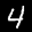
Label: 4